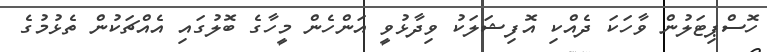
ހޮސްޕިޓަލުން ވާހަކަ ދެއްކި އޮފިޝަލަކު ވިދާޅުވީ އަންހެން މީހާގެ ބޮލުގައި އެއްޗަކުން ތެޅުމުގެ